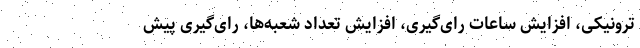
ترونیکی، افزایش ساعات رای‌گیری، افزایش تعداد شعبه‌ها، رای‌گیری پیش